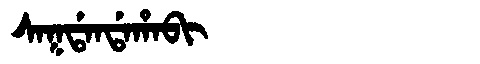
Manchu: ᠰᠠᡴᡩᠠᠨᡩᠠᡥᠠᠪᡳ
Romanization: SAKDANDAHABI